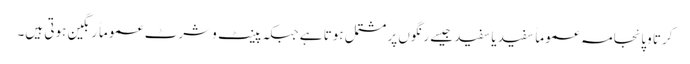
کرتا وپائجامہ عموماً سفید یا سفید جیسے رنگوں پر مشتمل ہوتا ہے جبکہ پینٹ وشرٹ عموماً رنگین ہوتی ہیں۔